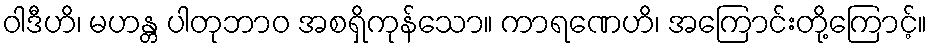
ဝါဒီဟိ၊ မဟန္တ ပါတုဘာဝ အစရှိကုန်သော။ ကာရဏေဟိ၊ အကြောင်းတို့ကြောင့်။